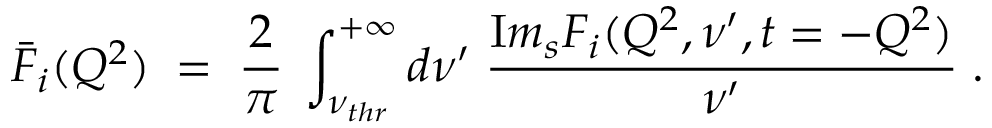
\bar { F } _ { i } ( Q ^ { 2 } ) \; = \; { \frac { 2 } { \pi } } \; \int _ { \nu _ { t h r } } ^ { + \infty } d \nu ^ { \prime } \; { \frac { { \mathrm I m } _ { s } F _ { i } ( Q ^ { 2 } , \nu ^ { \prime } , t = - Q ^ { 2 } ) } { \nu ^ { \prime } } } \; .